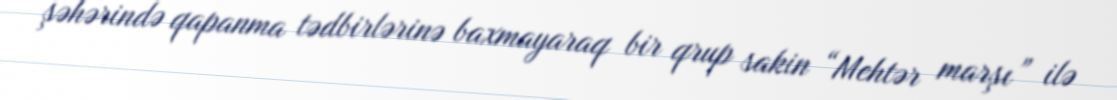
şəhərində qapanma tədbirlərinə baxmayaraq bir qrup sakin “Mehtər marşı” ilə